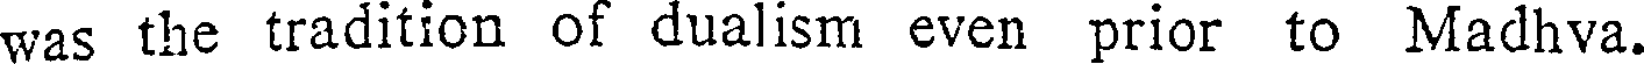
was the tradition of dualism even prior to Madhva.